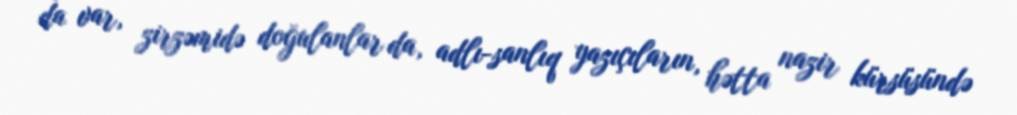
da var, zirzəmidə doğulanlar da, adlı-sanlıq yazıçıların, hətta nazir kürsüsündə